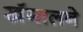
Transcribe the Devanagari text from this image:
खँगालने